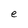
Character: e